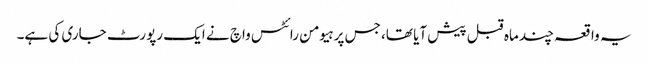
یہ واقعہ چند ماہ قبل پیش آیا تھا، جس پر ہیومن رائٹس واچ نے ایک رپورٹ جاری کی ہے۔